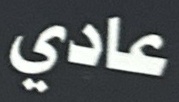
عادي